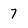
Character: 7